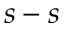
s - s